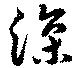
深